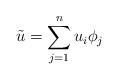
LaTeX: \begin{align*}\tilde{u}=\sum_{j=1}^{n}u_{i}\phi_{j}\end{align*}